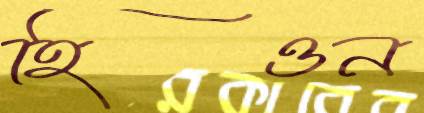
হিওন